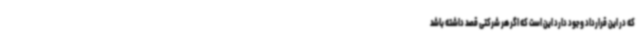
که در این قرارداد وجود دارد این است که اگر هر شرکتی قصد داشته باشد